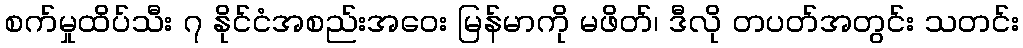
စက်မှုထိပ်သီး ၇ နိုင်ငံအစည်းအဝေး မြန်မာကို မဖိတ်၊ ဒီလို တပတ်အတွင်း သတင်း